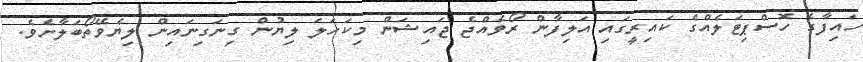
ހައިފާގެ ހޮސްޕިޓަލެއްގެ ކައިރީގައި އަލިފާން ރޯވެއްޖެ ޖައިޝަން މިކަހަލަ ލިޔުން ގިނަގިނައިން ލިޔެވޭތޯބަލާށެވެ.